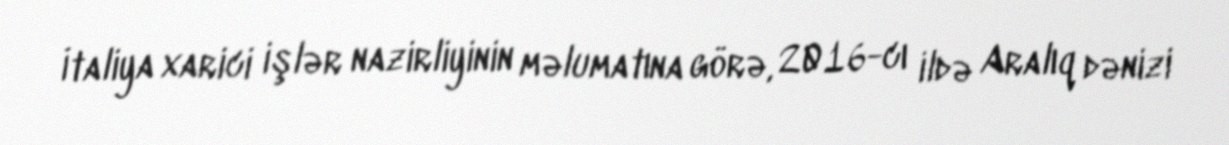
İtaliya xarici işlər nazirliyinin məlumatına görə, 2016-cı ildə Aralıq dənizi